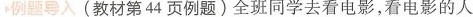
例题导入 (教材第44页例题)全班同学去看电影，看电影的人